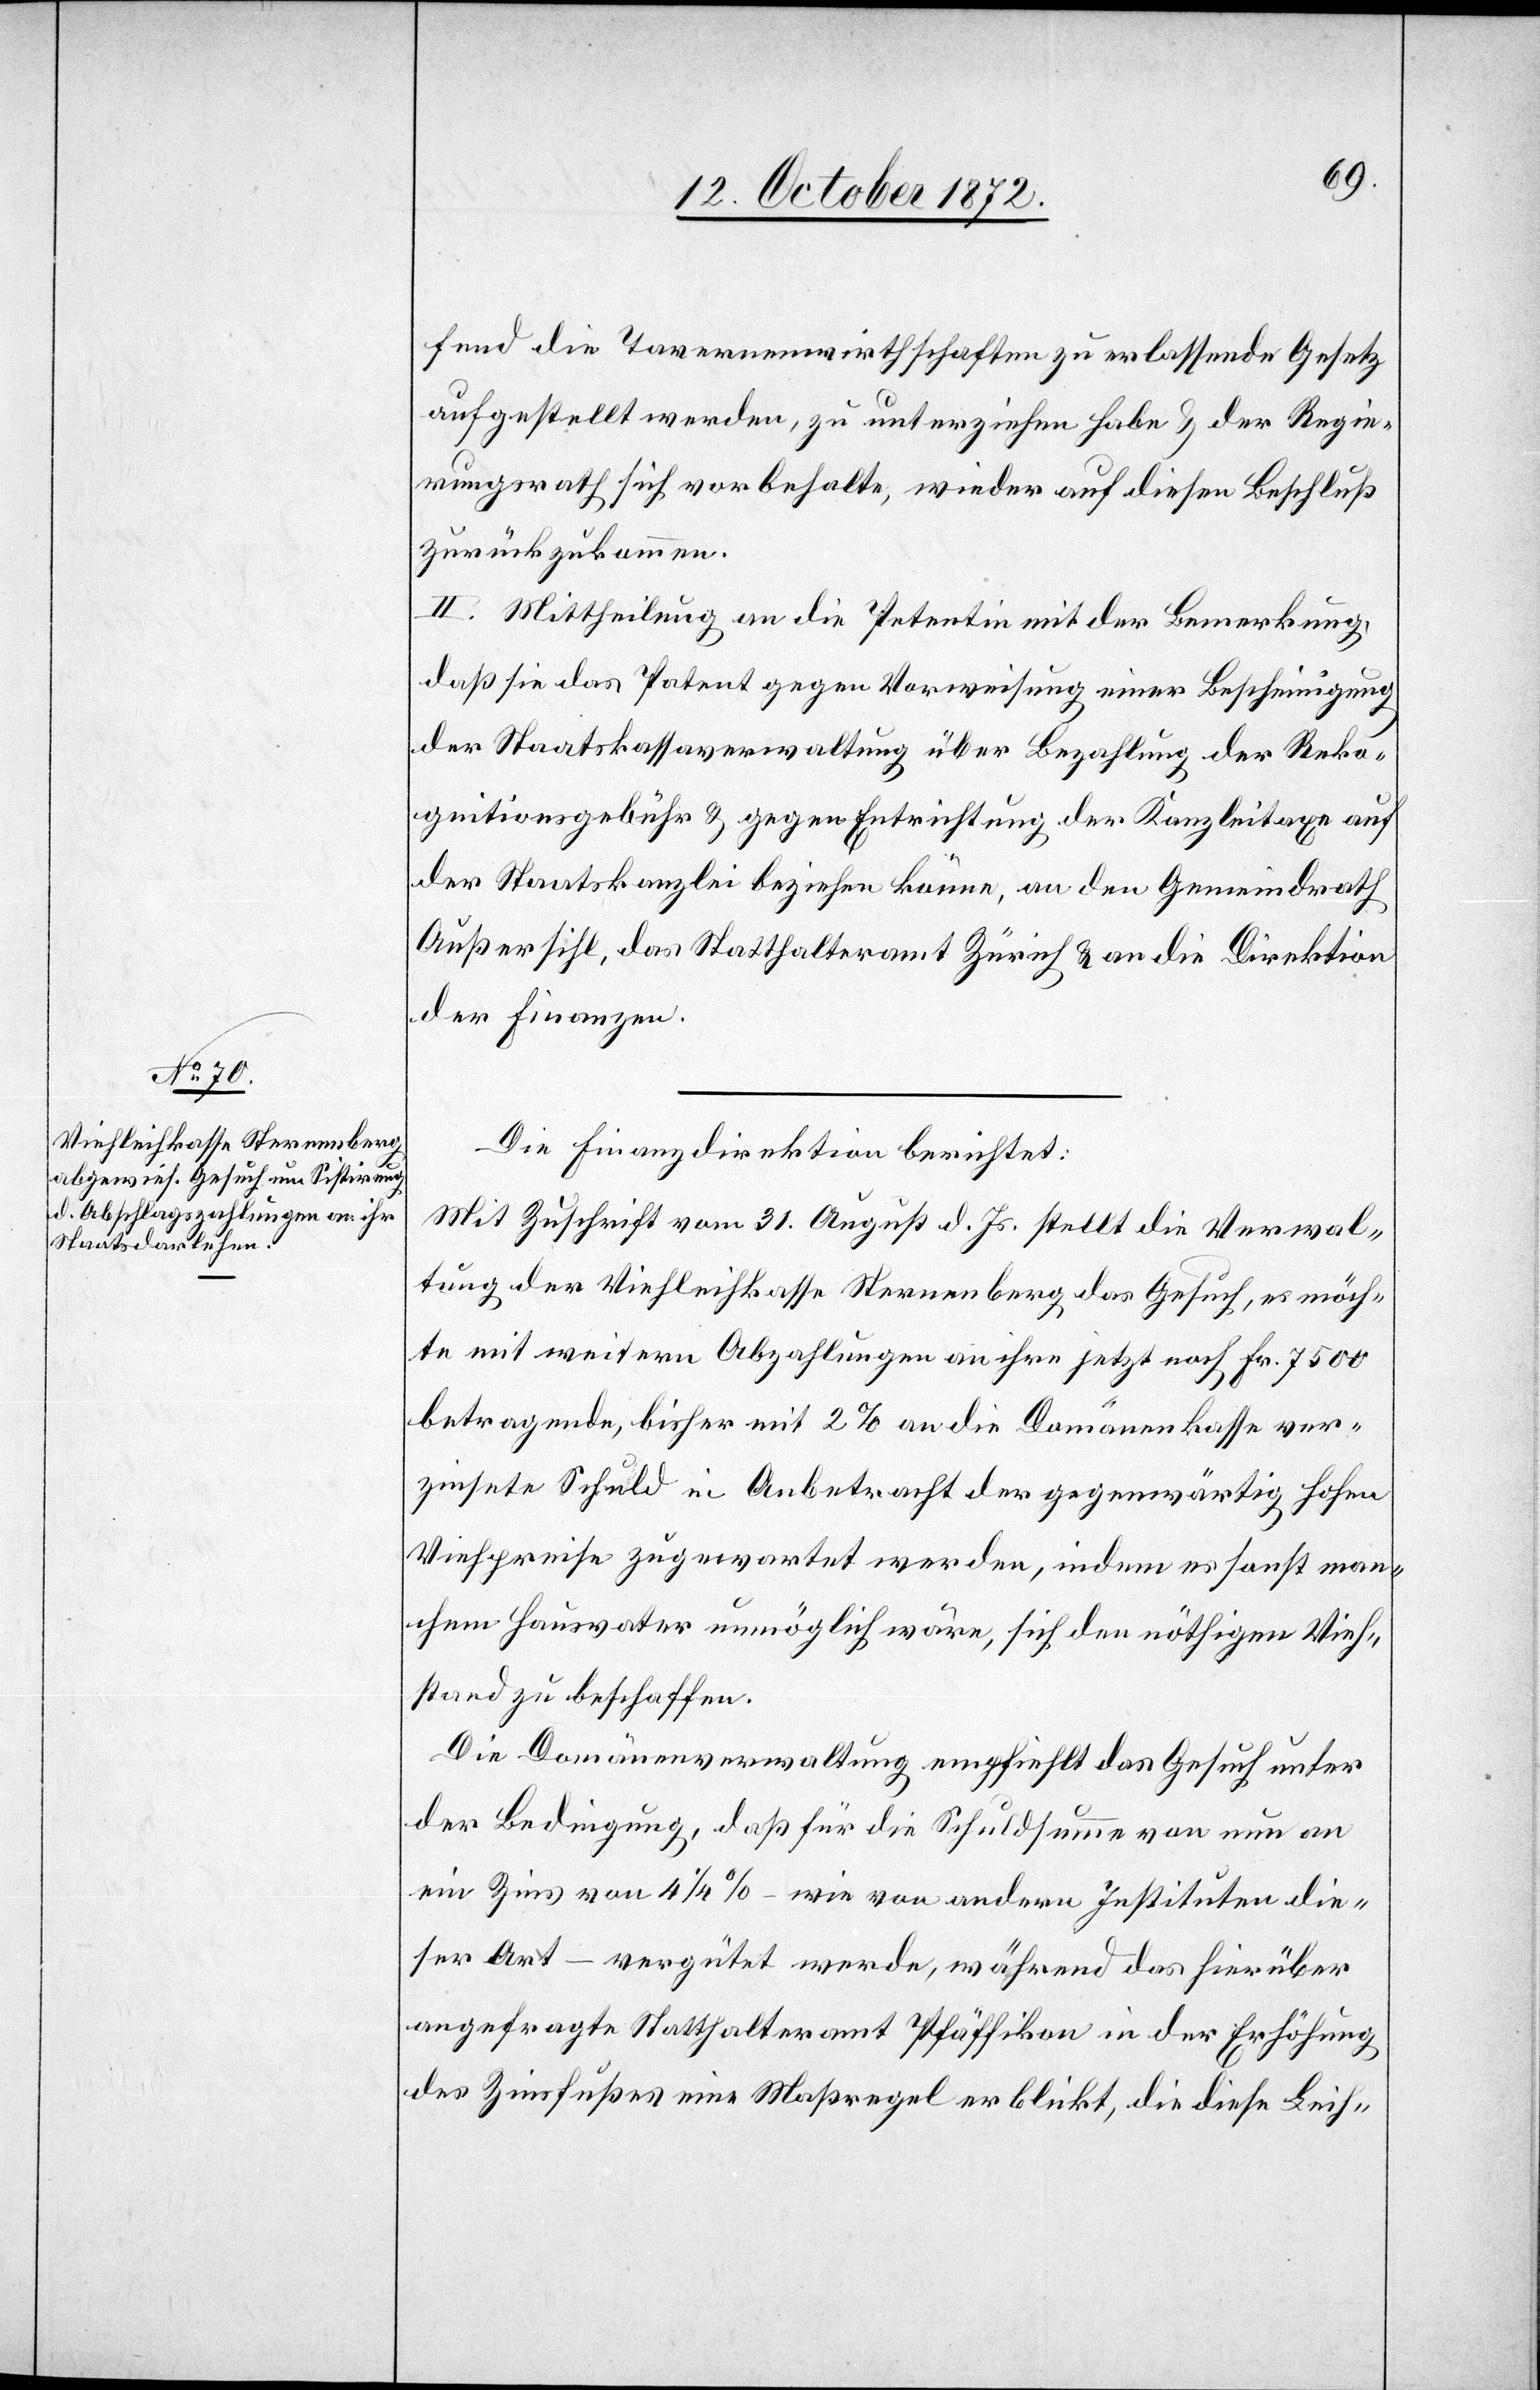
fend die Tavernenwirthschaften zu erlassende Gesetz
aufgestellt werden, zu unterziehen habe u. der Regie¬
rungsrath sich vorbehalte, wieder auf diesen Beschluß
zurückzukommen.
II. Mittheilung an die Petentin mit der Bemerkung,
daß sie das Patent gegen Vorweisung einer Bescheinigung
der Staatskassaverwaltung über Bezahlung der Reko¬
gnitionsgebühr u. gegen Entrichtung der Kanzleitaxe auf
der Staatskanzlei beziehen könne, an den Gemeindrath
Außersihl, das Statthalteramt Zürich u. an die Direktion
der Finanzen.
Die Finanzdirektion berichtet:
Mit Zuschrift vom 31. August d. Js. stellt die Verwal¬
tung der Viehleihkasse Sternenberg das Gesuch, es möch¬
te mit weitern Abzahlungen an ihre jetzt noch Fr. 7500
betragende, bisher mit 2% an die Domänenkasse ver¬
zinsete Schuld in Anbetracht der gegenwärtig hohen
Viehpreise zugewartet werden, indem es sonst man¬
chem Hausvater unmöglich wäre, sich den nöthigen Vieh¬
stand zu beschaffen.
Die Domänenverwaltung empfiehlt das Gesuch unter
der Bedingung, daß für die Schuldsumme von nun an
ein Zins von 4 1/4% – wie von andern Instituten die¬
ser Art – vergütet werde, während das hierüber
angefragte Statthalteramt Pfäffikon in der Erhöhung
des Zinsfußes eine Maßregel erblickt, die diese Leih-